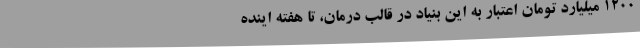
1200 میلیارد تومان اعتبار به این بنیاد در قالب درمان، تا هفته اینده